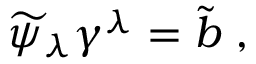
{ \widetilde \psi } _ { \lambda } \gamma ^ { \lambda } = { \tilde { b } } \; ,